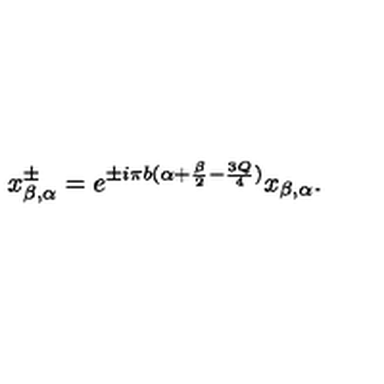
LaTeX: x _ { \beta , \alpha } ^ { \pm } = e ^ { \pm i \pi b ( \alpha + \frac { \beta } { 2 } - \frac { 3 Q } { 4 } ) } x _ { \beta , \alpha } .